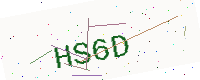
Text: HS6D